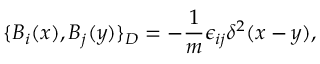
\{ B _ { i } ( x ) , B _ { j } ( y ) \} _ { D } = - \frac { 1 } { m } \epsilon _ { i j } \delta ^ { 2 } ( x - y ) ,